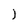
Character: I